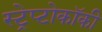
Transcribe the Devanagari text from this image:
स्ट्रेप्टोकॉकी